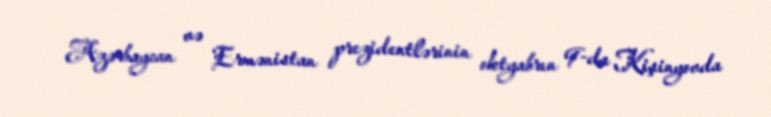
Azərbaycan və Ermənistan prezidentlərinin oktyabrın 9-da Kişinyovda